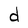
Character: d